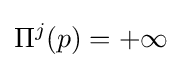
\Pi ^{j}(p)=+\infty